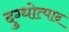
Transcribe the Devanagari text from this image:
दुग्धोत्पाद